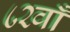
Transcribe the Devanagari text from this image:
८२वाँ